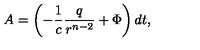
A = \left( - { \frac { 1 } { c } } { \frac { q } { r ^ { n - 2 } } } + \Phi \right) d t ,